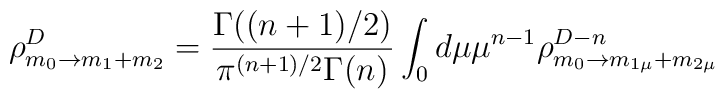
\rho^D_{m_0\rightarrow m_1+m_2}=\frac{\Gamma((n+1)/2)}{\pi^{(n+1)/2}\Gamma(n)} \int_0 d\mu \mu^{n-1} \rho^{D-n}_{m_0\rightarrow m_{1\mu}+m_{2\mu}}